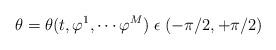
LaTeX: \begin{align*}\theta=\theta(t,\varphi^{1}, \cdots \varphi^M) \; \epsilon \; (-\pi/2,+\pi/2)\end{align*}